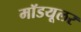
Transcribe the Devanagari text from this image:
मॉडयूलर